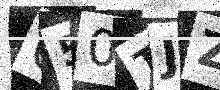
Text: 050TJZ